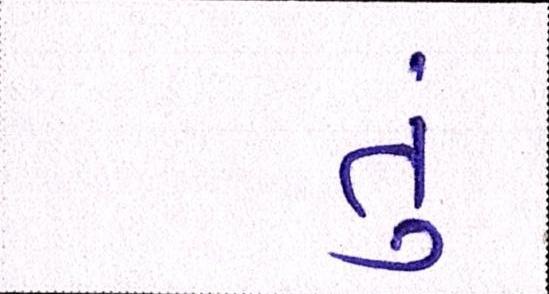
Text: તું